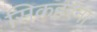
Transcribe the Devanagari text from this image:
सिकहरना